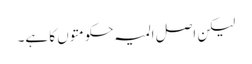
لیکن اصل المیہ حکومتوں کا ہے۔